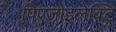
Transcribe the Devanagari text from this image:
पिएजोइलेक्ट्रि